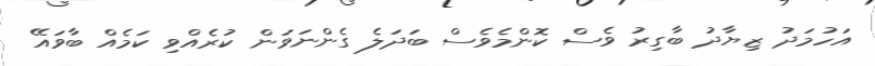
އަހުމަދު ޒިޔާދު ބާގިރު ވެސް ކޮންމެވެސް ބަދަލެ ގެންނަވަން ކުރެއްވި ކަމެއް ބާވައޭ